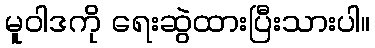
မူဝါဒကို ရေးဆွဲထားပြီးသားပါ။